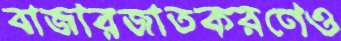
বাজারজাতকরণেও